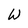
Character: W